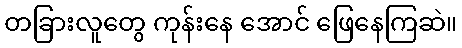
တခြားလူတွေ ကုန်းနေ အောင် ဖြေနေကြဆဲ။